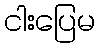
ငါးပြေမ